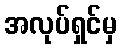
အလုပ်ရှင်မှ